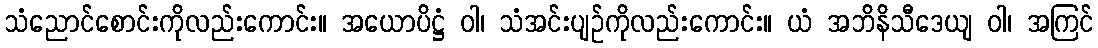
သံညောင်စောင်းကိုလည်းကောင်း။ အယောပိဋ္ဌံ ဝါ၊ သံအင်းပျဉ်ကိုလည်းကောင်း။ ယံ အဘိနိသီဒေယျ ဝါ၊ အကြင်